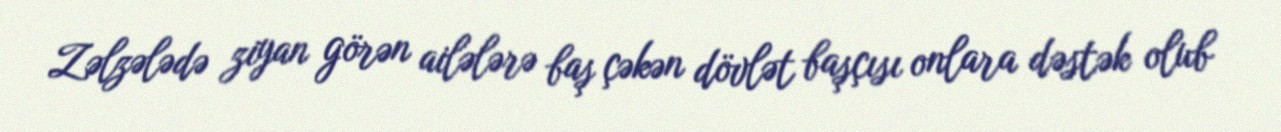
Zəlzələdə ziyan görən ailələrə baş çəkən dövlət başçısı onlara dəstək olub